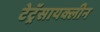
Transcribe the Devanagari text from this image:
टेट्रॅसायक्लीन